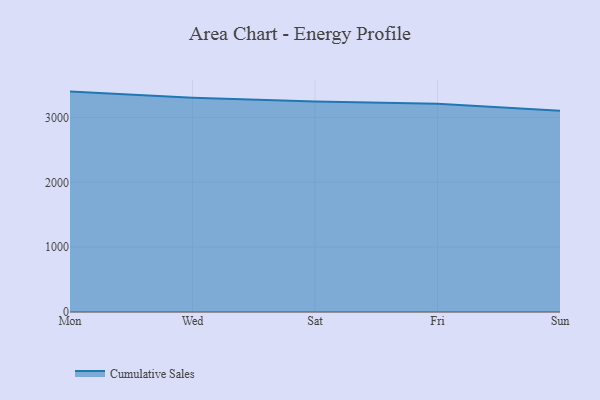
{"axis": {"x": "Day", "y": "Backlog"}, "legend": ["Cumulative Sales"], "data": [{"x": "Mon", "y": 3399.5, "type": "Cumulative Sales"}, {"x": "Wed", "y": 3306.4, "type": "Cumulative Sales"}, {"x": "Sat", "y": 3247.4, "type": "Cumulative Sales"}, {"x": "Fri", "y": 3213.7, "type": "Cumulative Sales"}, {"x": "Sun", "y": 3105.2, "type": "Cumulative Sales"}]}